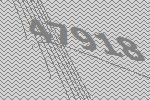
47918